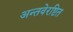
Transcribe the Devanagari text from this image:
अन्तवेरष्टित